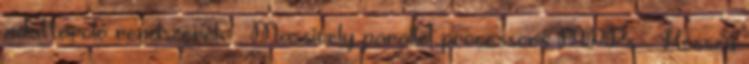
adattároló rendszerek – Massively parallel processors MPPs – Hosszú